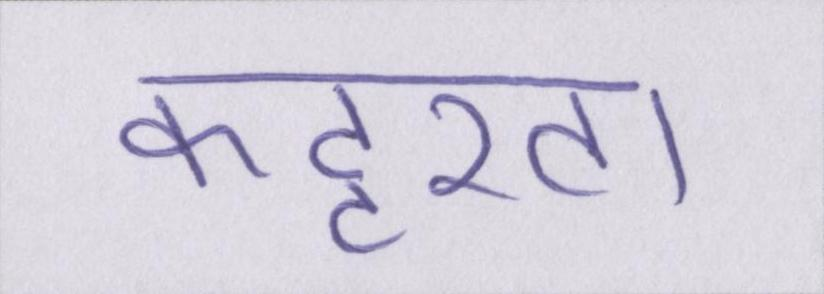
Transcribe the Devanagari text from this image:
कट्टरता